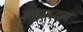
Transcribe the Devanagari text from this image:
महापदम